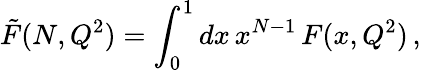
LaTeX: \tilde{F}(N,Q^{2})=\int_{0}^{1}dx\, x^{N-1}\, F(x,Q^{2})\, ,